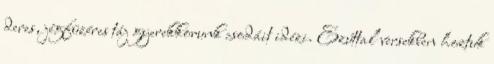
deres, jégfüzéres táj gyerekkorunk csodáit idézi. Ezúttal versekben hoztuk